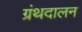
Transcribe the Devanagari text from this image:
ग्रंथदालन